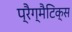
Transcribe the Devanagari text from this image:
प्रैग्मैटिक्स